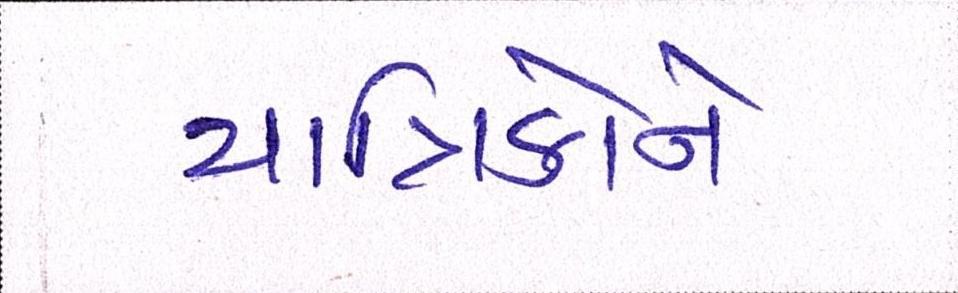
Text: યાત્રિકોને